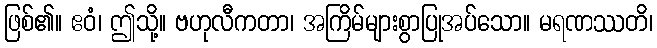
ဖြစ်၏။ ဧဝံ၊ ဤသို့။ ဗဟုလီကတာ၊ အကြိမ်များစွာပြုအပ်သော။ မရဏဿတိ၊